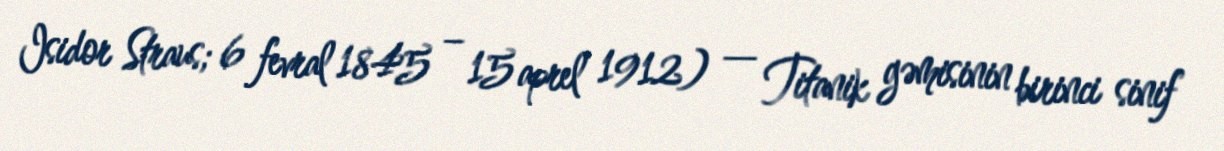
Isidor Straus; 6 fevral 1845 – 15 aprel 1912) — Titanik gəmisinin birinci sinif